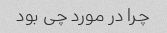
چرا در مورد چی بود